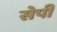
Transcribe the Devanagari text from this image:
सेपी